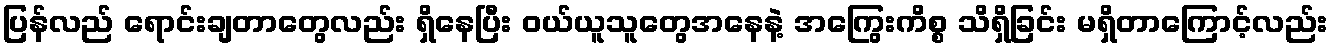
ပြန်လည် ရောင်းချတာတွေလည်း ရှိနေပြီး ဝယ်ယူသူတွေအနေနဲ့ အကြွေးကိစ္စ သိရှိခြင်း မရှိတာကြောင့်လည်း